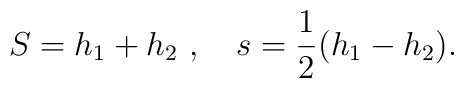
S = h_1 + h_2\ , \quad s = {1 \over 2} (h_1 -h_2).